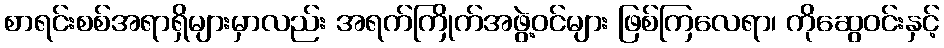
စာရင်းစစ်အရာရှိများမှာလည်း အရက်ကြိုက်အဖွဲ့ဝင်များ ဖြစ်ကြလေရာ၊ ကိုဆွေဝင်းနှင့်